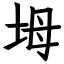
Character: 坶